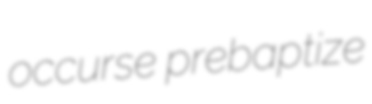
occurse prebaptize